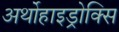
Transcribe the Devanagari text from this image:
अर्थोहाइड्रोक्सि